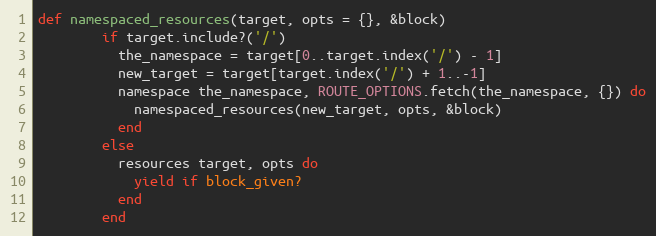
Language: Ruby
def namespaced_resources(target, opts = {}, &block)
        if target.include?('/')
          the_namespace = target[0..target.index('/') - 1]
          new_target = target[target.index('/') + 1..-1]
          namespace the_namespace, ROUTE_OPTIONS.fetch(the_namespace, {}) do
            namespaced_resources(new_target, opts, &block)
          end
        else
          resources target, opts do
            yield if block_given?
          end
        end